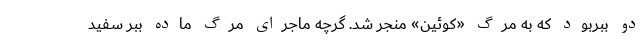
دو ببربود که به مرگ «کوئین» منجر شد. گرچه ماجرای مرگ ماده ببر سفید